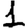
Digit: 1